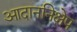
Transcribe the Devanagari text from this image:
आदाननिक्षेप